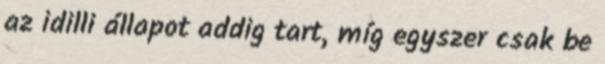
az idilli állapot addig tart, míg egyszer csak be